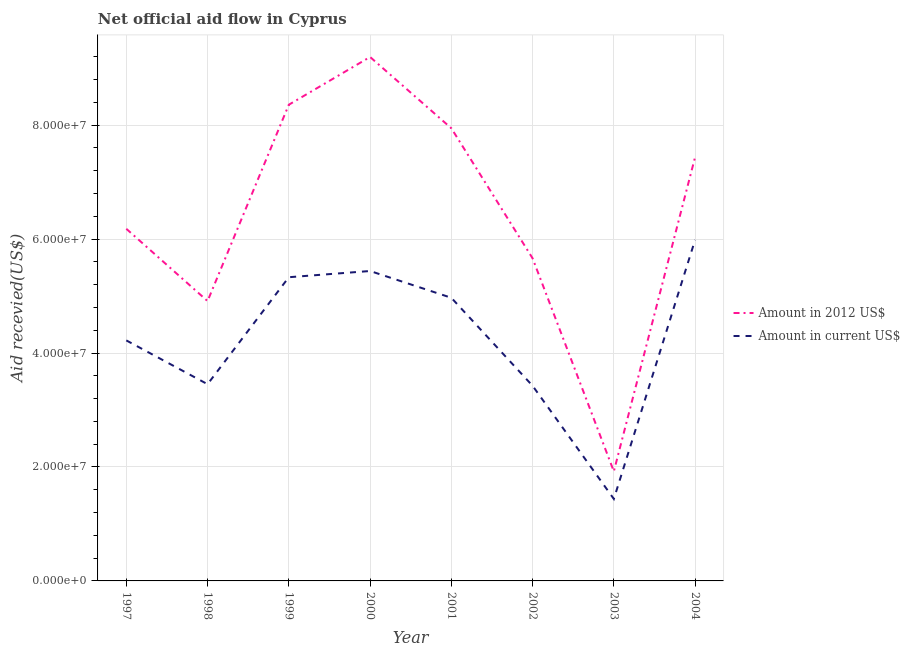
| Year | Amount in 2012 US$ | Amount in current US$ |
 | --- | --- | --- |
 | 1997 | 6.18e+07 | 4.22e+07 |
 | 1998 | 4.91e+07 | 3.45e+07 |
 | 1999 | 8.36e+07 | 5.33e+07 |
 | 2000 | 9.2e+07 | 5.44e+07 |
 | 2001 | 7.95e+07 | 4.97e+07 |
 | 2002 | 5.66e+07 | 3.42e+07 |
 | 2003 | 1.92e+07 | 1.44e+07 |
 | 2004 | 7.44e+07 | 5.99e+07 |